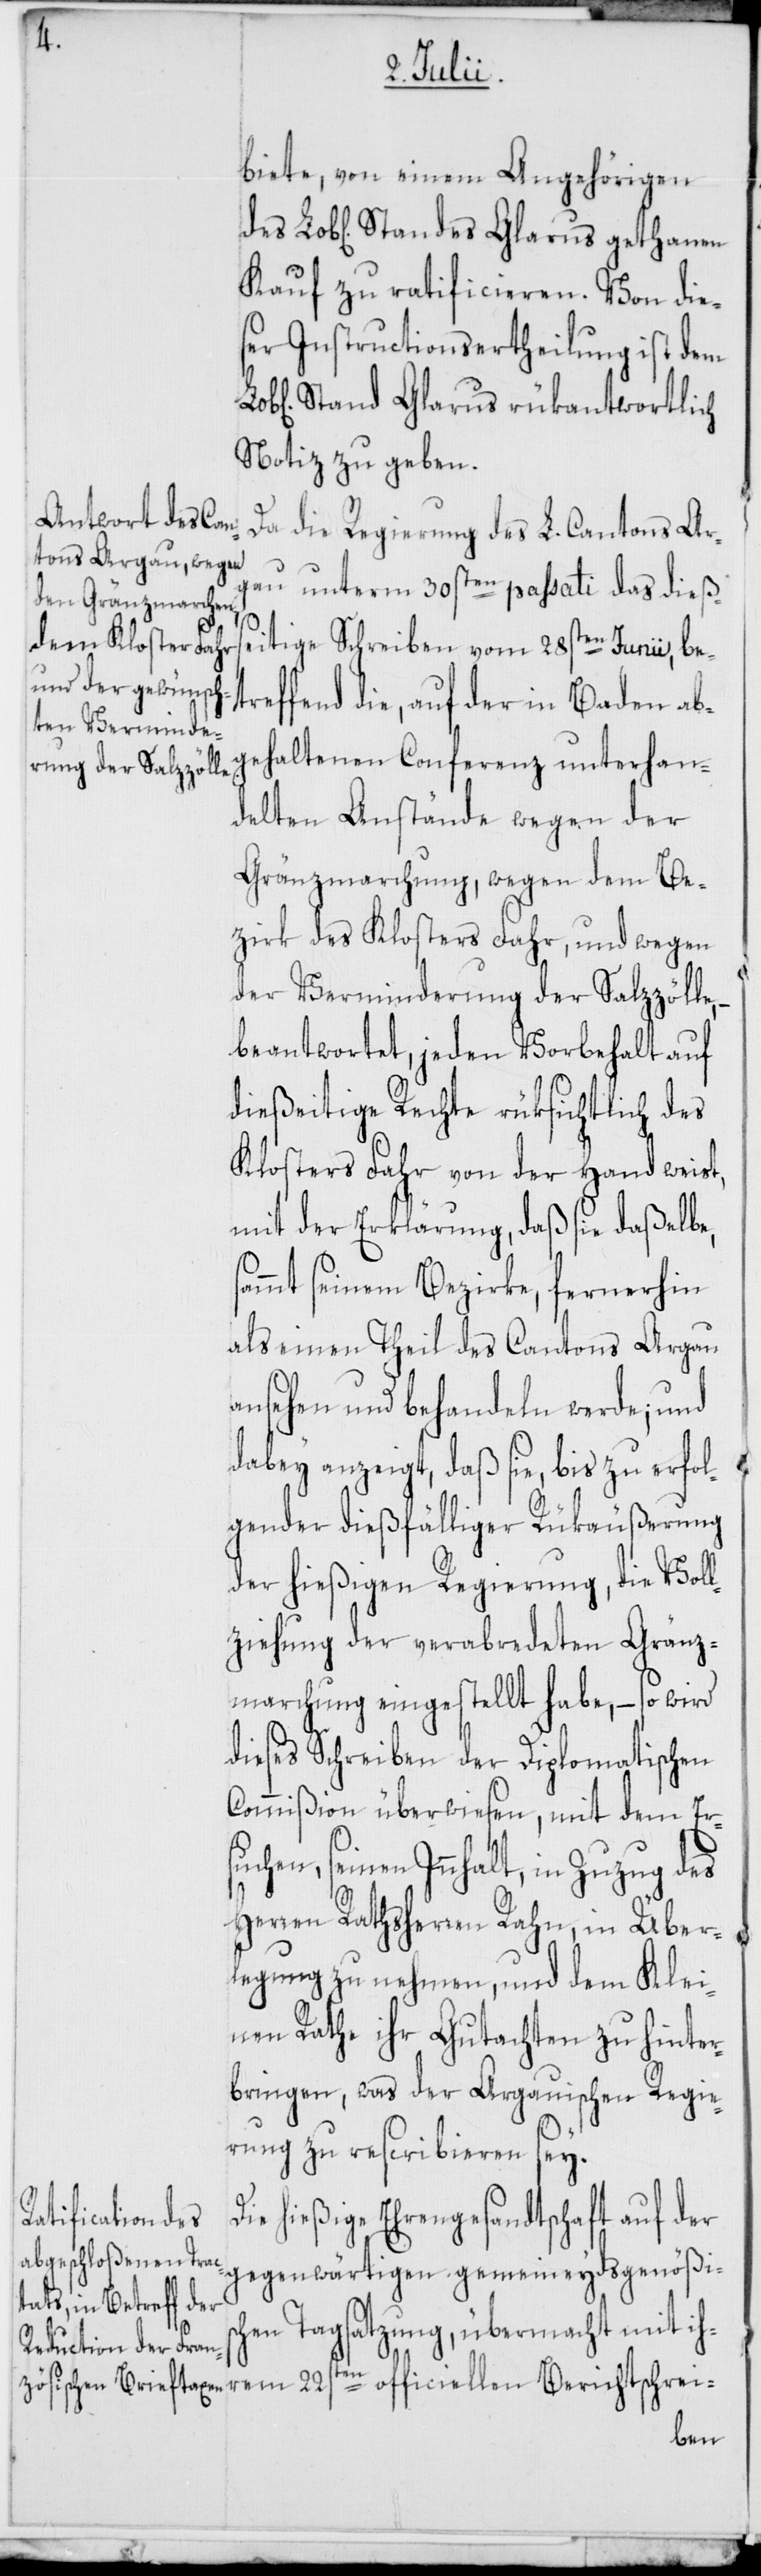
s¬

biete, von einem Angehörigen
Kauf zu ratificieren. Von die¬
ser Instructionsertheilung ist dem
Stand Glarus rükantwortlich
Notiz zu geben.
Da die Regierung des L. Cantons Ar¬
gau unterm 30sten passati das dieße¬
itige Schreiben vom 28sten Junii, bet¬
reffend die, auf der in Baden abg¬
ehaltenen Conferenz unterhan¬
delten Anstände wegen der
Gränzmarchung, wegen dem Be¬
zirk des Klosters Fahr, und wegen
der Verminderung der Salzzölle,
beantwortet, jeden Vorbehalt auf
dießeitige Rechte rüksichtlich des
Klosters Fahr von der Hand weist,
mit der Erklärung, daß sie daßelbe,
ammt seinem Bezirke, fernerhin
als einen Theil des Cantons Argau
ansehen und behandeln werde; und
dabey anzeigt, daß sie, bis zu erfol¬
gender dießfälliger Rükäußerung
der hießigen Regierung, die Voll¬
ziehung der verabredeten Gränz¬
marchung eingestellt habe, – so wird
dieses Schreiben der Diplomatischen
Commißion überwiesen, mit dem Er¬
suchen, seinen Innhalt, in Zuzug des
Herren Rathsherren Rahn, in Über¬
legung zu nehmen, und dem Klei¬
nen Rathe ihr Gutachten zu hinter¬
bringen, was der Argauischen Regie¬
rung zu rescribieren sey.
Die hießige Ehrengesandtschaft auf der
gegenwärtigen gemeineydsgenößisc¬
hen Tagsatzung, übermacht mit ih¬
rem 22sten officiellen Berichtschrei-